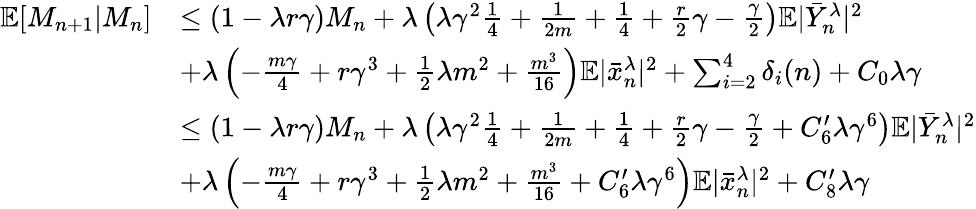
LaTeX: \begin{array}{rl}{\mathbb{E}[M_{n+1}|M_{n}]}&{\leq(1-\lambda r\gamma)M_{n}+\lambda\left(\lambda\gamma^{2}\frac{1}{4}+\frac{1}{2m}+\frac{1}{4}+\frac{r}{2}\gamma-\frac{\gamma}{2}\right)\mathbb{E}|\bar{Y}_{n}^{\lambda}|^{2}}\\ &{+\lambda\left(-\frac{m\gamma}{4}+r\gamma^{3}+\frac{1}{2}\lambda m^{2}+\frac{m^{3}}{16}\right)\mathbb{E}|\bar{x}_{n}^{\lambda}|^{2}+\sum_{i=2}^{4}\delta_{i}(n)+C_{0}\lambda\gamma}\\ &{\leq(1-\lambda r\gamma)M_{n}+\lambda\left(\lambda\gamma^{2}\frac{1}{4}+\frac{1}{2m}+\frac{1}{4}+\frac{r}{2}\gamma-\frac{\gamma}{2}+C_{6}^{\prime}\lambda\gamma^{6}\right)\mathbb{E}|\bar{Y}_{n}^{\lambda}|^{2}}\\ &{+\lambda\left(-\frac{m\gamma}{4}+r\gamma^{3}+\frac{1}{2}\lambda m^{2}+\frac{m^{3}}{16}+C_{6}^{\prime}\lambda\gamma^{6}\right)\mathbb{E}|\bar{x}_{n}^{\lambda}|^{2}+C_{8}^{\prime}\lambda\gamma}\end{array}